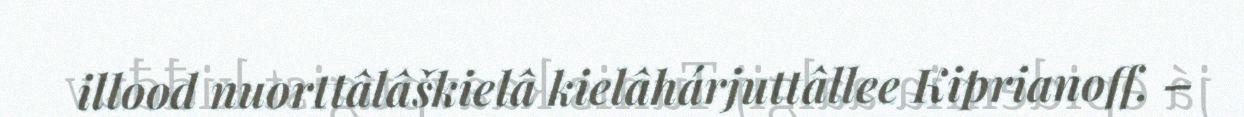
illood nuorttâlâškielâ kielâhárjuttâllee Kiprianoff. –